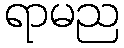
ရာမည